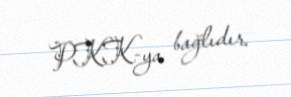
PKK-ya bağlıdır.